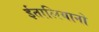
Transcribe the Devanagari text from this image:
ईतालियानो